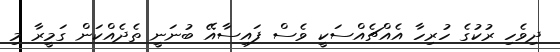
ދިވެހި ރުކުގެ ހުރިހާ އެއްޗެއްސަކީ ވެސް ފައިސާއޭ ބުނަނީ ތެދެއްކަން ގަމީރާ މި